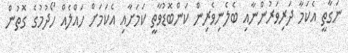
ނަގާތީ އެކަމާ ދަރިވަރުންނާއި ބެލެނިވެރިން ކަންބޮޑުވާތީ ކަމަށާއި އެކަމަށް ހައްލެއް ހޯދުމުގެ ގޮތުން